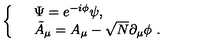
\left\{ \begin{array} { l l } { } & { \Psi = e ^ { - i \phi } \psi , \ } \\ { } & { \tilde { A } _ { \mu } = A _ { \mu } - \sqrt { N } \partial _ { \mu } \phi \ . \ } \\ \end{array} \right.